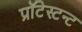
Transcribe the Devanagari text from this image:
प्रॉटेस्टन्ट